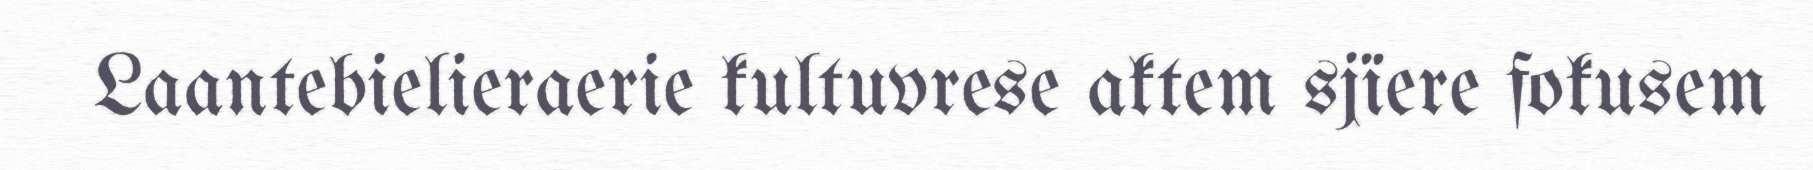
Laantebielieraerie kultuvrese aktem sjïere fokusem